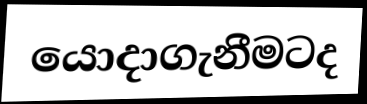
යොදාගැනීමටද